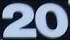
20